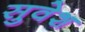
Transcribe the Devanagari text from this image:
सुवेश